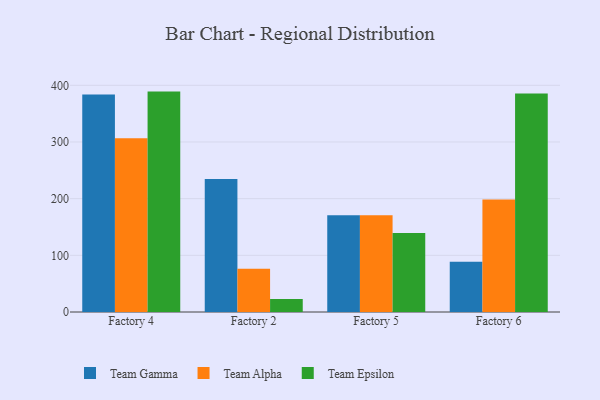
{"axis": {"x": "Factory", "y": "Bounce Rate (%)"}, "legend": ["Team Alpha", "Team Epsilon", "Team Gamma"], "data": [{"x": "Factory 4", "y": 384.0, "type": "Team Gamma"}, {"x": "Factory 4", "y": 306.7, "type": "Team Alpha"}, {"x": "Factory 4", "y": 388.9, "type": "Team Epsilon"}, {"x": "Factory 2", "y": 234.7, "type": "Team Gamma"}, {"x": "Factory 2", "y": 76.3, "type": "Team Alpha"}, {"x": "Factory 2", "y": 23.0, "type": "Team Epsilon"}, {"x": "Factory 5", "y": 170.7, "type": "Team Gamma"}, {"x": "Factory 5", "y": 170.6, "type": "Team Alpha"}, {"x": "Factory 5", "y": 139.5, "type": "Team Epsilon"}, {"x": "Factory 6", "y": 88.7, "type": "Team Gamma"}, {"x": "Factory 6", "y": 198.7, "type": "Team Alpha"}, {"x": "Factory 6", "y": 385.6, "type": "Team Epsilon"}]}